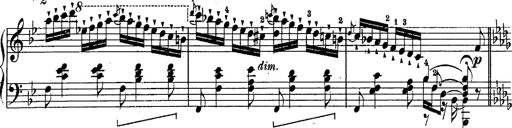
Title: Schubert's Impromptus [revised and edited by Franz Liszt]
Composer: Franz Liszt